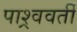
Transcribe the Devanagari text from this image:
पाश्र्ववर्ती